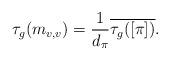
LaTeX: \begin{align*}\tau_g(m_{v,v}) = \frac{1}{d_{\pi}} \overline{\tau_g([\pi])}.\end{align*}